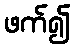
ဖက်၍